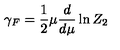
\gamma _ { F } = \frac 1 2 \mu \frac d { d \mu } \ln Z _ { 2 }